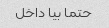
حتما بیا داخل